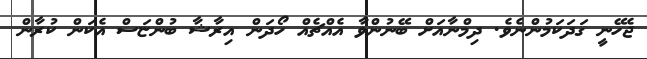
ޖެހޭނީ ގަދަކަމުންނެވެ. ދިމްނާއަށް ބޭނުންވާ އެއްޗެއް ހޯދަން އިރާޝާ ބުންޏަސް އެކަން ކުރާން